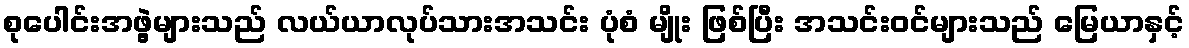
စုပေါင်းအဖွဲ့များသည် လယ်ယာလုပ်သားအသင်း ပုံစံ မျိုး ဖြစ်ပြီး အသင်းဝင်များသည် မြေယာနှင့်